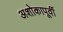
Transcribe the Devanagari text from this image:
अशोकापूर्वी